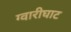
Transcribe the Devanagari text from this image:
ग्वारीघाट